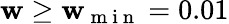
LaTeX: \mathbf{w}\ge\mathbf{w}_{\mathrm{{~m~i~n~}}}=0.01